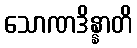
သောဏဒိန္နာတိ